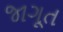
જાગૂત